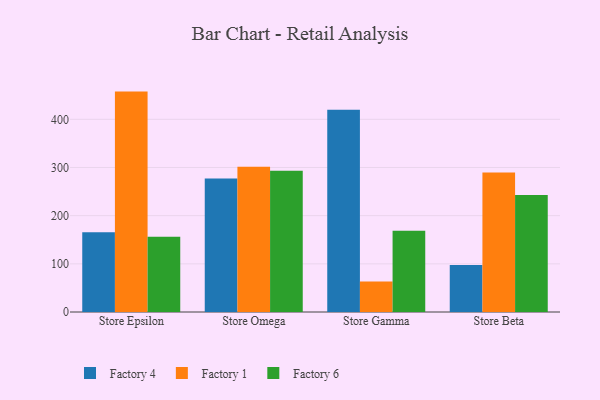
{"axis": {"x": "Store", "y": "Waste Production (Tons)"}, "legend": ["Factory 1", "Factory 4", "Factory 6"], "data": [{"x": "Store Epsilon", "y": 165.5, "type": "Factory 4"}, {"x": "Store Epsilon", "y": 457.5, "type": "Factory 1"}, {"x": "Store Epsilon", "y": 156.0, "type": "Factory 6"}, {"x": "Store Omega", "y": 277.0, "type": "Factory 4"}, {"x": "Store Omega", "y": 301.4, "type": "Factory 1"}, {"x": "Store Omega", "y": 293.0, "type": "Factory 6"}, {"x": "Store Gamma", "y": 419.9, "type": "Factory 4"}, {"x": "Store Gamma", "y": 63.5, "type": "Factory 1"}, {"x": "Store Gamma", "y": 168.6, "type": "Factory 6"}, {"x": "Store Beta", "y": 97.8, "type": "Factory 4"}, {"x": "Store Beta", "y": 289.6, "type": "Factory 1"}, {"x": "Store Beta", "y": 242.8, "type": "Factory 6"}]}